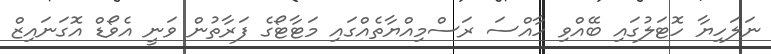
ނަލަހިޔާ ހޮޓަލުގައި ބޭއްވި ހާއްސަ ރަސްމިއްޔާތެއްގައި މަޓާޓޯގެ ފަރާތުން ވަނީ އެވޯޑް އޮގަނައިޒް